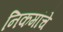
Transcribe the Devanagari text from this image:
निकमांचे